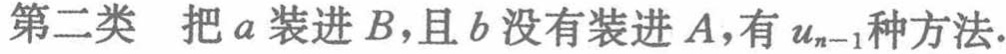
第二类 把\(a\)装进\(B\)，且\(b\)没有装进\(A\)，有\(u_{n - 1}\)种方法.